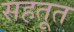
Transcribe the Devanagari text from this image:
सहतूत